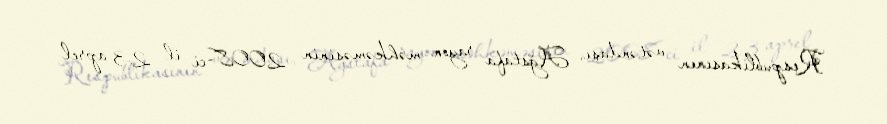
Respublikasının vətəndaşı, Ağstafa rayon məhkəməsinin 2008-ci il 23 aprel